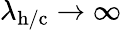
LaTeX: \lambda_{\mathrm{h/c}}\rightarrow\infty